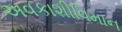
અવકાશીવિમાન